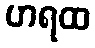
ဟရထ